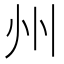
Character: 州